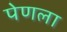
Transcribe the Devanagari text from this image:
पेणला